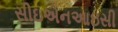
સીઇએનઆઇસી